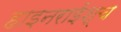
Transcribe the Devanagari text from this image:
हाइनराईश्च